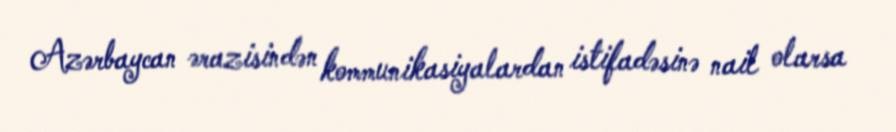
Azərbaycan ərazisindən kommunikasiyalardan istifadəsinə nail olarsa